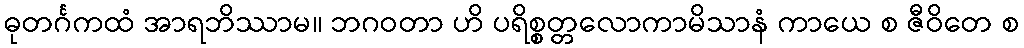
ဓုတင်္ဂကထံ အာရဘိဿာမ။ ဘဂဝတာ ဟိ ပရိစ္စတ္တလောကာမိသာနံ ကာယေ စ ဇီဝိတေ စ